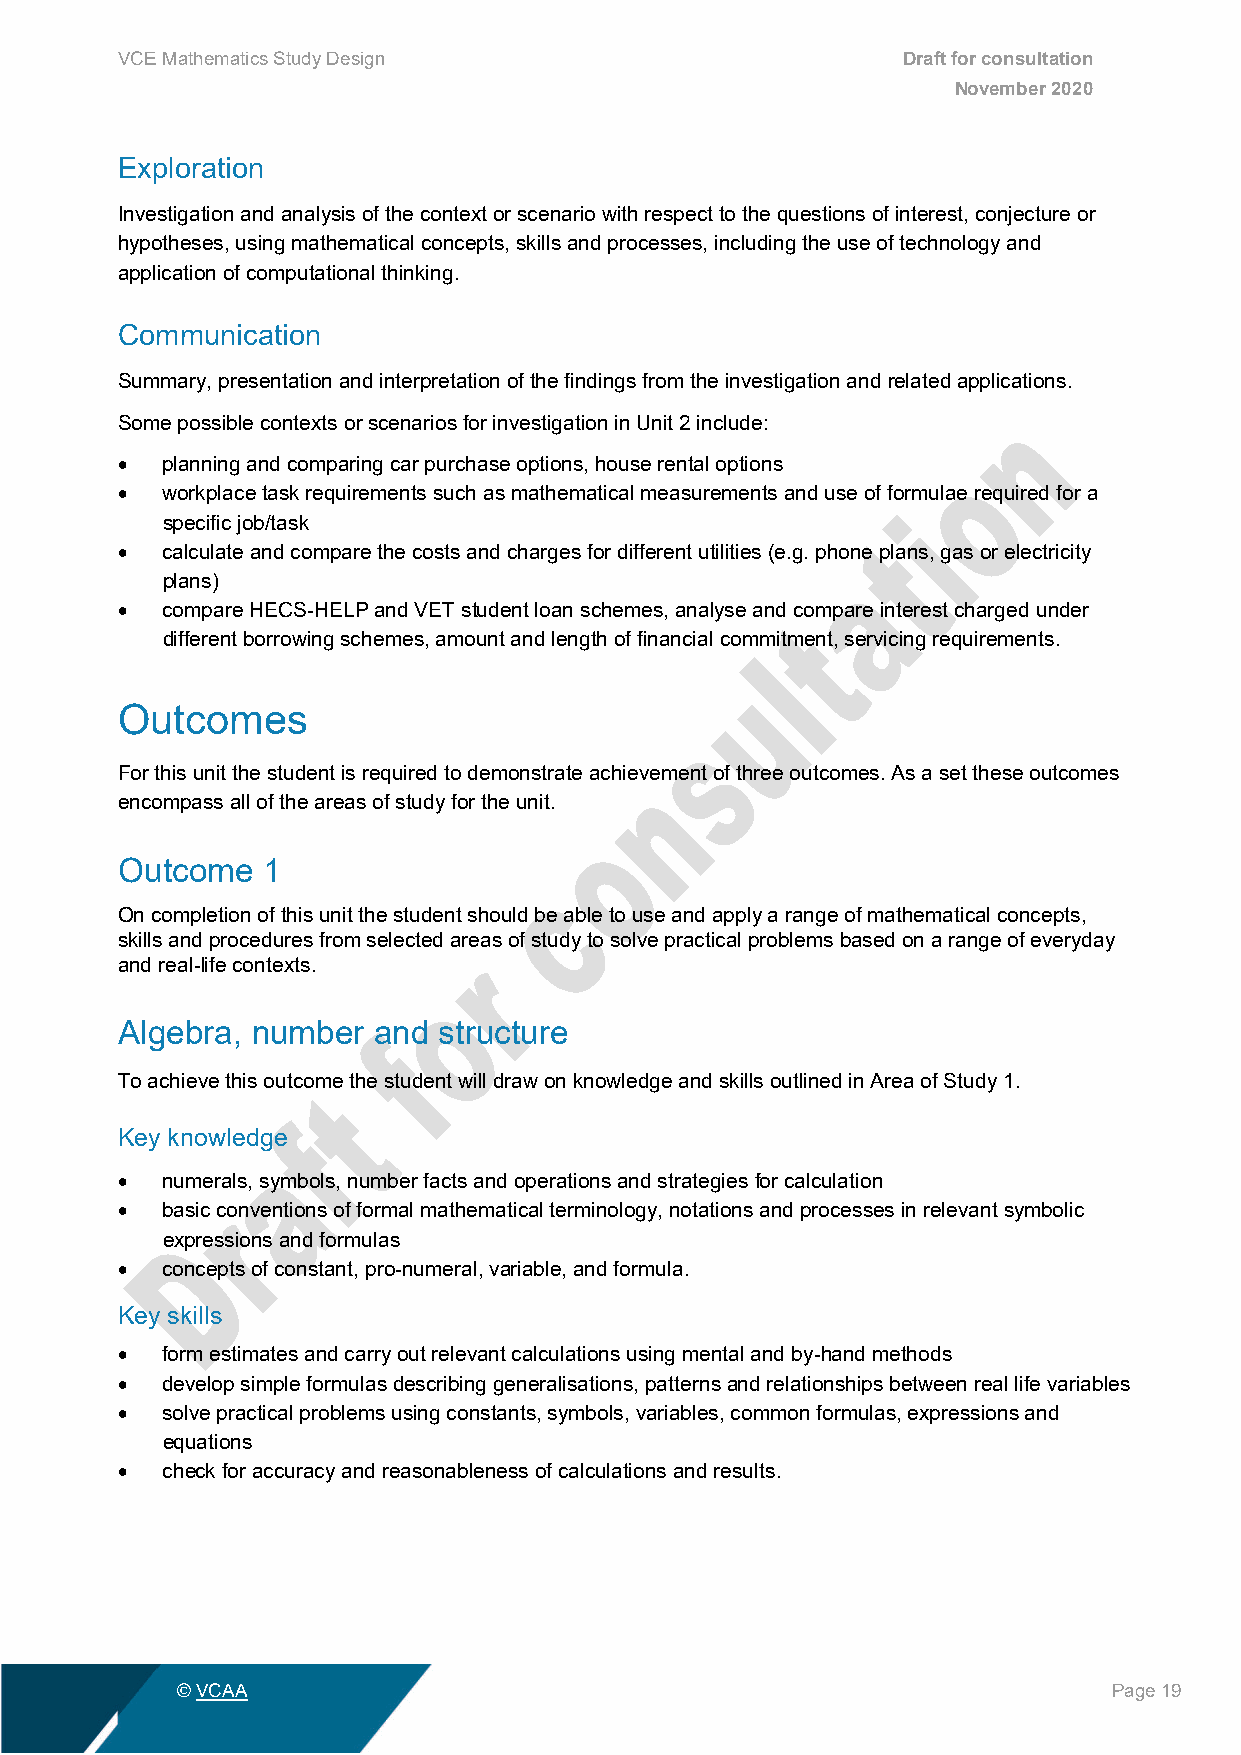
VCE Mathematics Study Design                        Draft for consultation
 November 2020
 Exploration
 Investigation and analysis of the context or scenario with respect to the questions of interest, conjecture or
 hypotheses, using mathematical concepts, skills and processes, including the use of technology and
 application of computational thinking.
 Communication
 Summary, presentation and interpretation of the findings from the investigation and related applications.
 Some possible contexts or scenarios for investigation in Unit 2 include:
 •  planning and comparing car purchase options, house rental options
 •  workplace task requirements such as mathematical measurements and use of formulae required for a
 specific job/task
 •  calculate and compare the costs and charges for different utilities (e.g. phone plans, gas or electricity
 plans)
 •  compare HECS-HELP and VET student loan schemes, analyse and compare interest charged under
 different borrowing schemes, amount and length of financial commitment, servicing requirements.
 Outcomes
 For this unit the student is required to demonstrate achievement of three outcomes. As a set these outcomes
 encompass all of the areas of study for the unit.
 Outcome  1
 On completion of this unit the student should be able to use and apply a range of mathematical concepts,
 skills and procedures from selected areas of study to solve practical problems based on a range of everyday
 and real-life contexts.
 Algebra, number  and structure
 To achieve this outcome the student will draw on knowledge and skills outlined in Area of Study 1.
 Key knowledge
 •  numerals, symbols, number facts and operations and strategies for calculation
 •  basic conventions of formal mathematical terminology, notations and processes in relevant symbolic
 expressions and formulas
 •  concepts of constant, pro-numeral, variable, and formula.
 Key skills
 •  form estimates and carry out relevant calculations using mental and by-hand methods
 •  develop simple formulas describing generalisations, patterns and relationships between real life variables
 •  solve practical problems using constants, symbols, variables, common formulas, expressions and
 equations
 •  check for accuracy and reasonableness of calculations and results.
 © VCAA                                                        Page 19